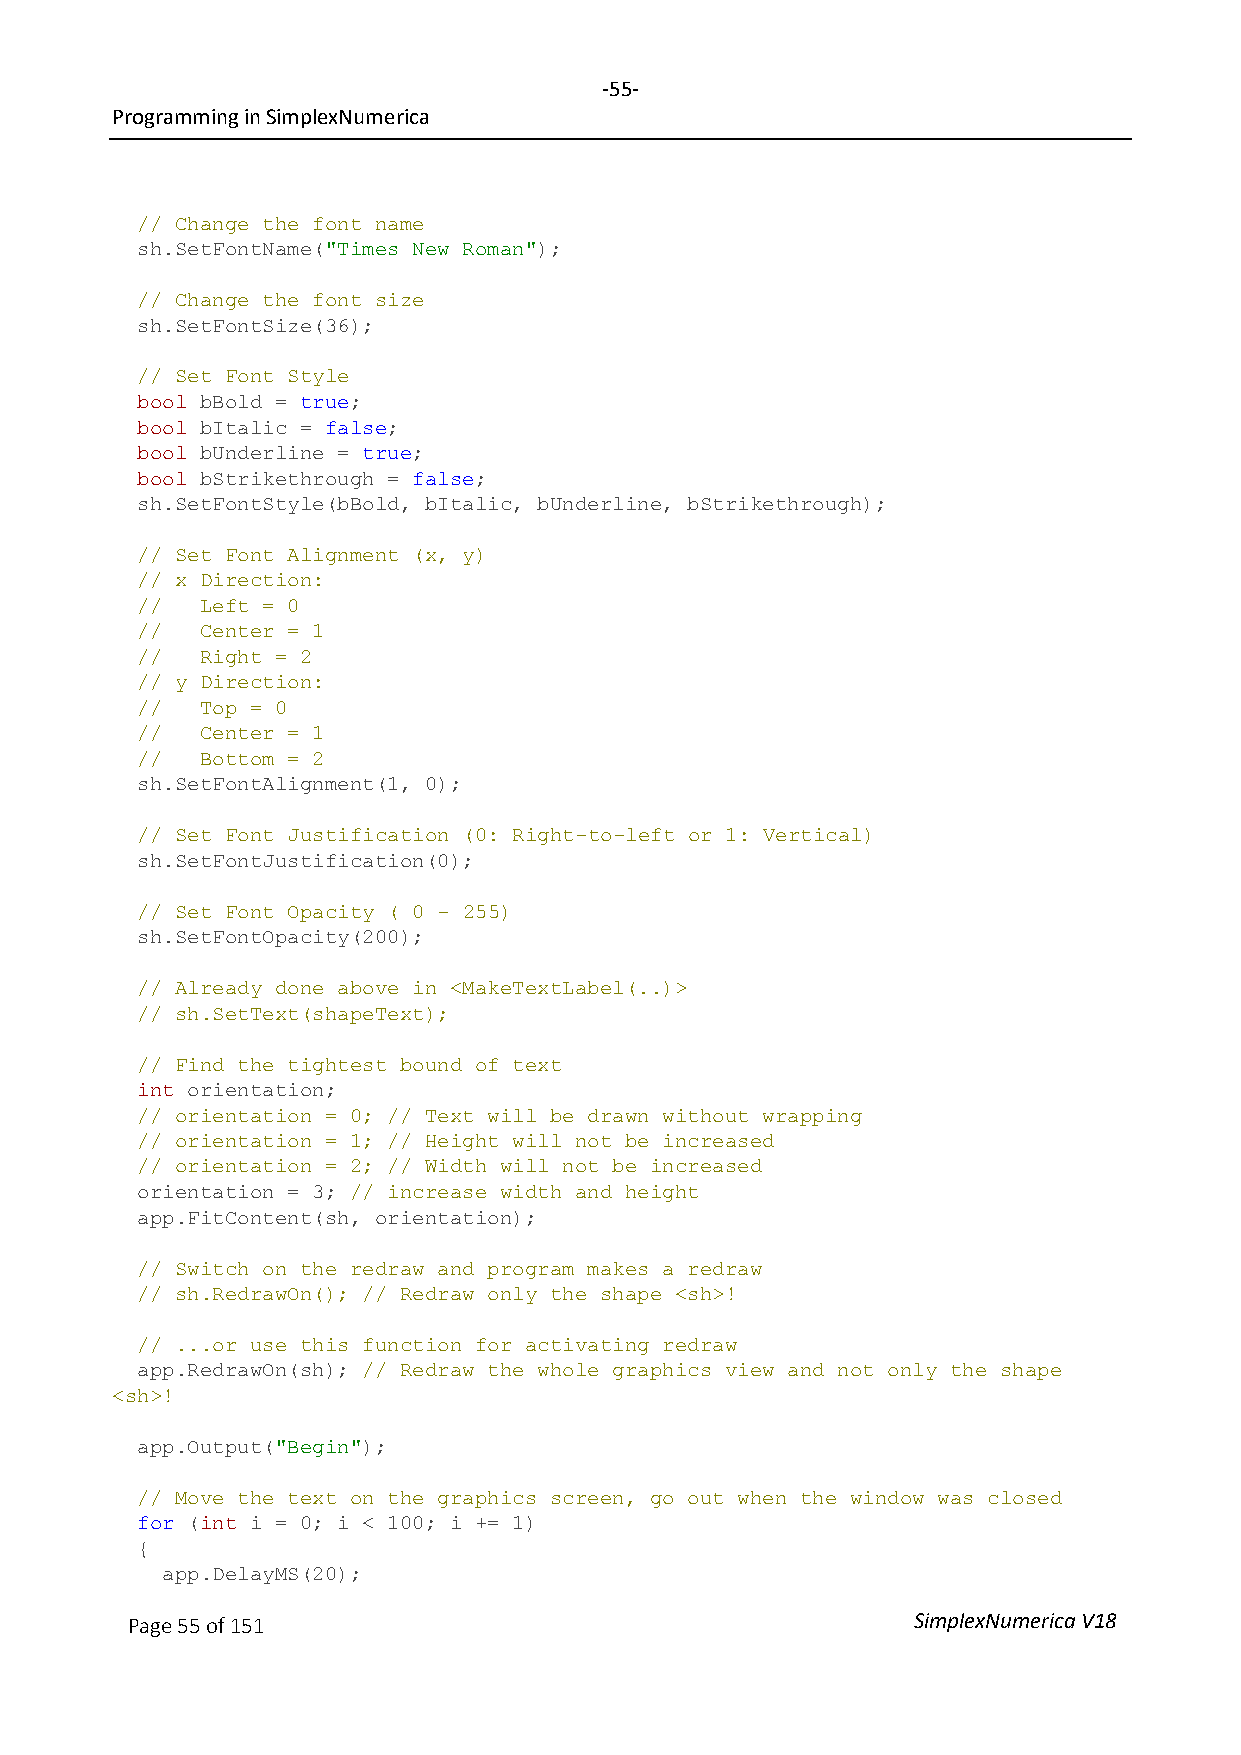
-55-
 Programming in SimplexNumerica
 // Change the font name
 sh.SetFontName("Times New Roman");
 // Change the font size
 sh.SetFontSize(36);
 // Set Font Style
 bool bBold = true;
 bool bItalic = false;
 bool bUnderline = true;
 bool bStrikethrough = false;
 sh.SetFontStyle(bBold, bItalic, bUnderline, bStrikethrough);
 // Set Font Alignment (x, y)
 // x Direction:
 //  Left = 0
 //  Center = 1
 //  Right = 2
 // y Direction:
 //  Top = 0
 //  Center = 1
 //  Bottom = 2
 sh.SetFontAlignment(1, 0);
 // Set Font Justification (0: Right-to-left or 1: Vertical)
 sh.SetFontJustification(0);
 // Set Font Opacity ( 0 - 255)
 sh.SetFontOpacity(200);
 // Already done above in <MakeTextLabel(..)>
 // sh.SetText(shapeText);
 // Find the tightest bound of text
 int orientation;
 // orientation = 0; // Text will be drawn without wrapping
 // orientation = 1; // Height will not be increased
 // orientation = 2; // Width will not be increased
 orientation = 3; // increase width and height
 app.FitContent(sh, orientation);
 // Switch on the redraw and program makes a redraw
 // sh.RedrawOn(); // Redraw only the shape <sh>!
 // ...or use this function for activating redraw
 app.RedrawOn(sh); // Redraw the whole graphics view and not only the shape
 <sh>!
 app.Output("Begin");
 // Move the text on the graphics screen, go out when the window was closed
 for (int i = 0; i < 100; i += 1)
 {
 app.DelayMS(20);
 Page 55 of 151                                      SimplexNumerica V18